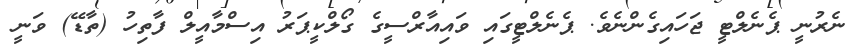
ނެރުނީ ޕެނެލްޓީ ޖަހައިގެންނެވެ. ޕެނެލްޓީގައި ވައިއާރްސީގެ ގޯލްކީޕަރު އިސްމާއީލް ފާތިހު (ތާޑޭ) ވަނީ